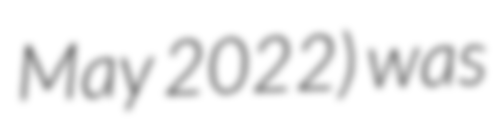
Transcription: May 2022) was